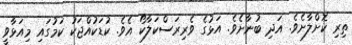
ތިރި ކޮށްލާށެވެ. އަދި ބުނާށެވެ. އަޅުގެ ވެރިރަސްކަލާކޯ އެވެ. ކުޑަކުއްޖަކު ކަމުގައި މިއަޅާވީ